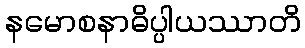
နမောစနာဓိပ္ပါယဿာတိ